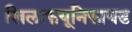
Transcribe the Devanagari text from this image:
खिलाफयूनिफायड